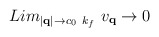
\begin{align*}Lim_{ |{\bf{q}}| \rightarrow c_{0}\mbox{ }k_{f} }\mbox{ }v_{ {\bf{q}} } \rightarrow 0\end{align*}